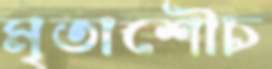
মৃতাশৌচ